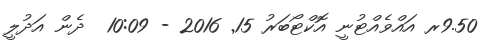
9.50ރ އައްވެއްޓުނީ އޮކްޓޯބަރު 15